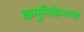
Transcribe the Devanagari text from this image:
कमुनिकेशन्स